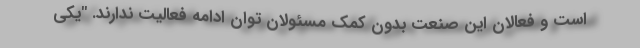
است و فعالان این صنعت بدون کمک مسئولان توان ادامه فعالیت ندارند. "یکی